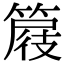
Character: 𥰦